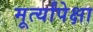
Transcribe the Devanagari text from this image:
मूर्त्यांपेक्षा